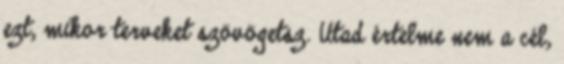
ezt, mikor terveket szövögetsz. Utad értelme nem a cél,